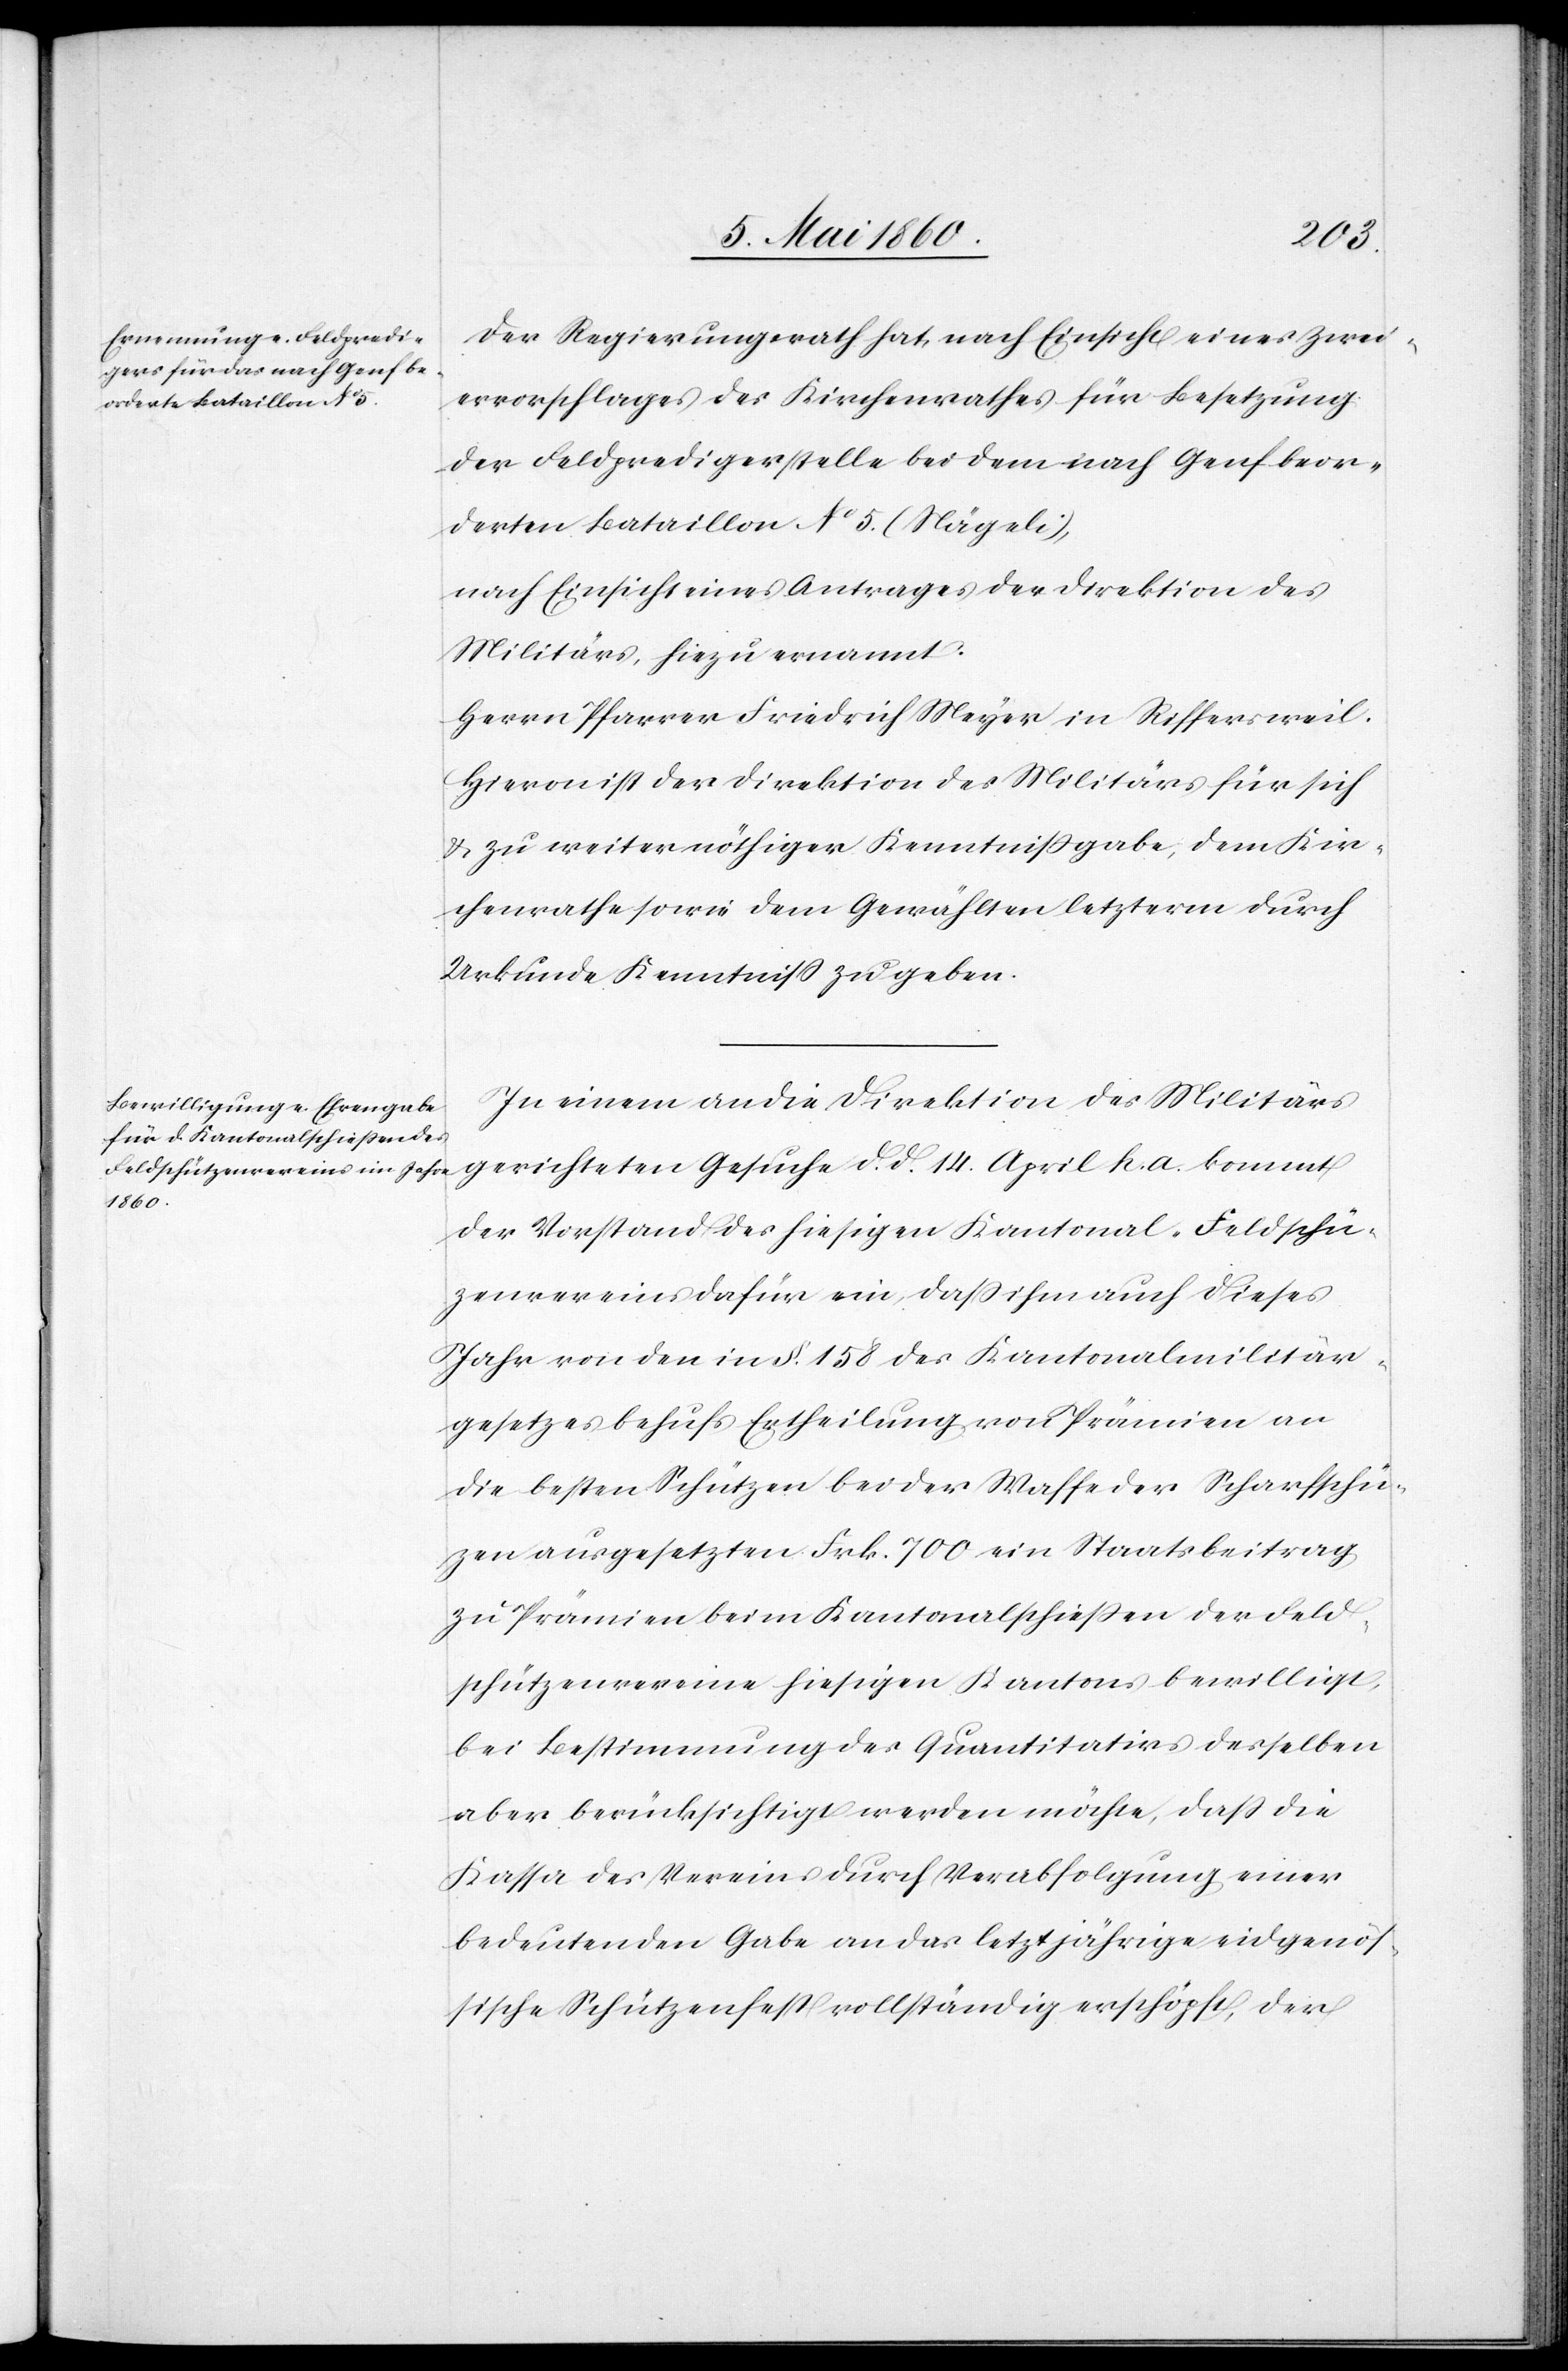
Der Regierungsrath hat, nach Einsicht eines Zwei¬
ervorschlages des Kirchenrathes für Besetzung
der Feldpredigerstelle bei dem nach Genf beor¬
derten Bataillon No 5. (Nägeli),
nach Einsicht eines Antrages der Direktion des
Militärs, hiezu ernannt.
Herrn Pfarrer Friedrich Meyer in Riffersweil.
Hievon ist der Direktion des Militärs für sich
u. zu weiter nöthiger Kenntnissgabe, dem Kir¬
chenrathe sowie dem Gewählten letzterm durch
Urkunde Kenntniss zu geben.
In einem an die Direktion des Militärs
gerichteten Gesuche d. d. 14. April h. a. kommt
der Vorstand des hiesigen Kantonal-Feldschüt¬
zenvereins dafür ein, dass ihm auch dieses
Jahr von den in §. 158 des Kantonalmilitär¬
gesetzes behufs Ertheilung von Prämien an
die besten Schützen bei der Waffe der Scharfschüt¬
zen ausgesetzten Frk. 700 ein Staatsbeitrag
zu Prämien beim Kantonalschiessen der Feld¬
schützenvereine hiesigen Kantons bewilligt,
bei Bestimmung des Quantitativs desselben
aber berücksichtigt werden möchte, dass die
Kassa des Vereins durch Verabfolgung einer
bedeutenden Gabe an das letztjährige eidgenös¬
sische Schützenfest vollständig erschöpft, der